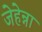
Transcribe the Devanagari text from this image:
जेहेन्ना